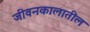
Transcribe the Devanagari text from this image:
जीवनकालातील